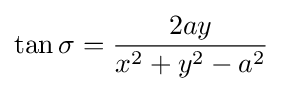
\tan \sigma ={\frac {2ay}{x^{2}+y^{2}-a^{2}}}